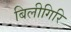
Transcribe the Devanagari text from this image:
बिलीगिरि